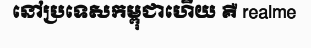
នៅប្រទេសកម្ពុជាហើយ គឺ realme